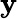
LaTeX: \textbf{y}